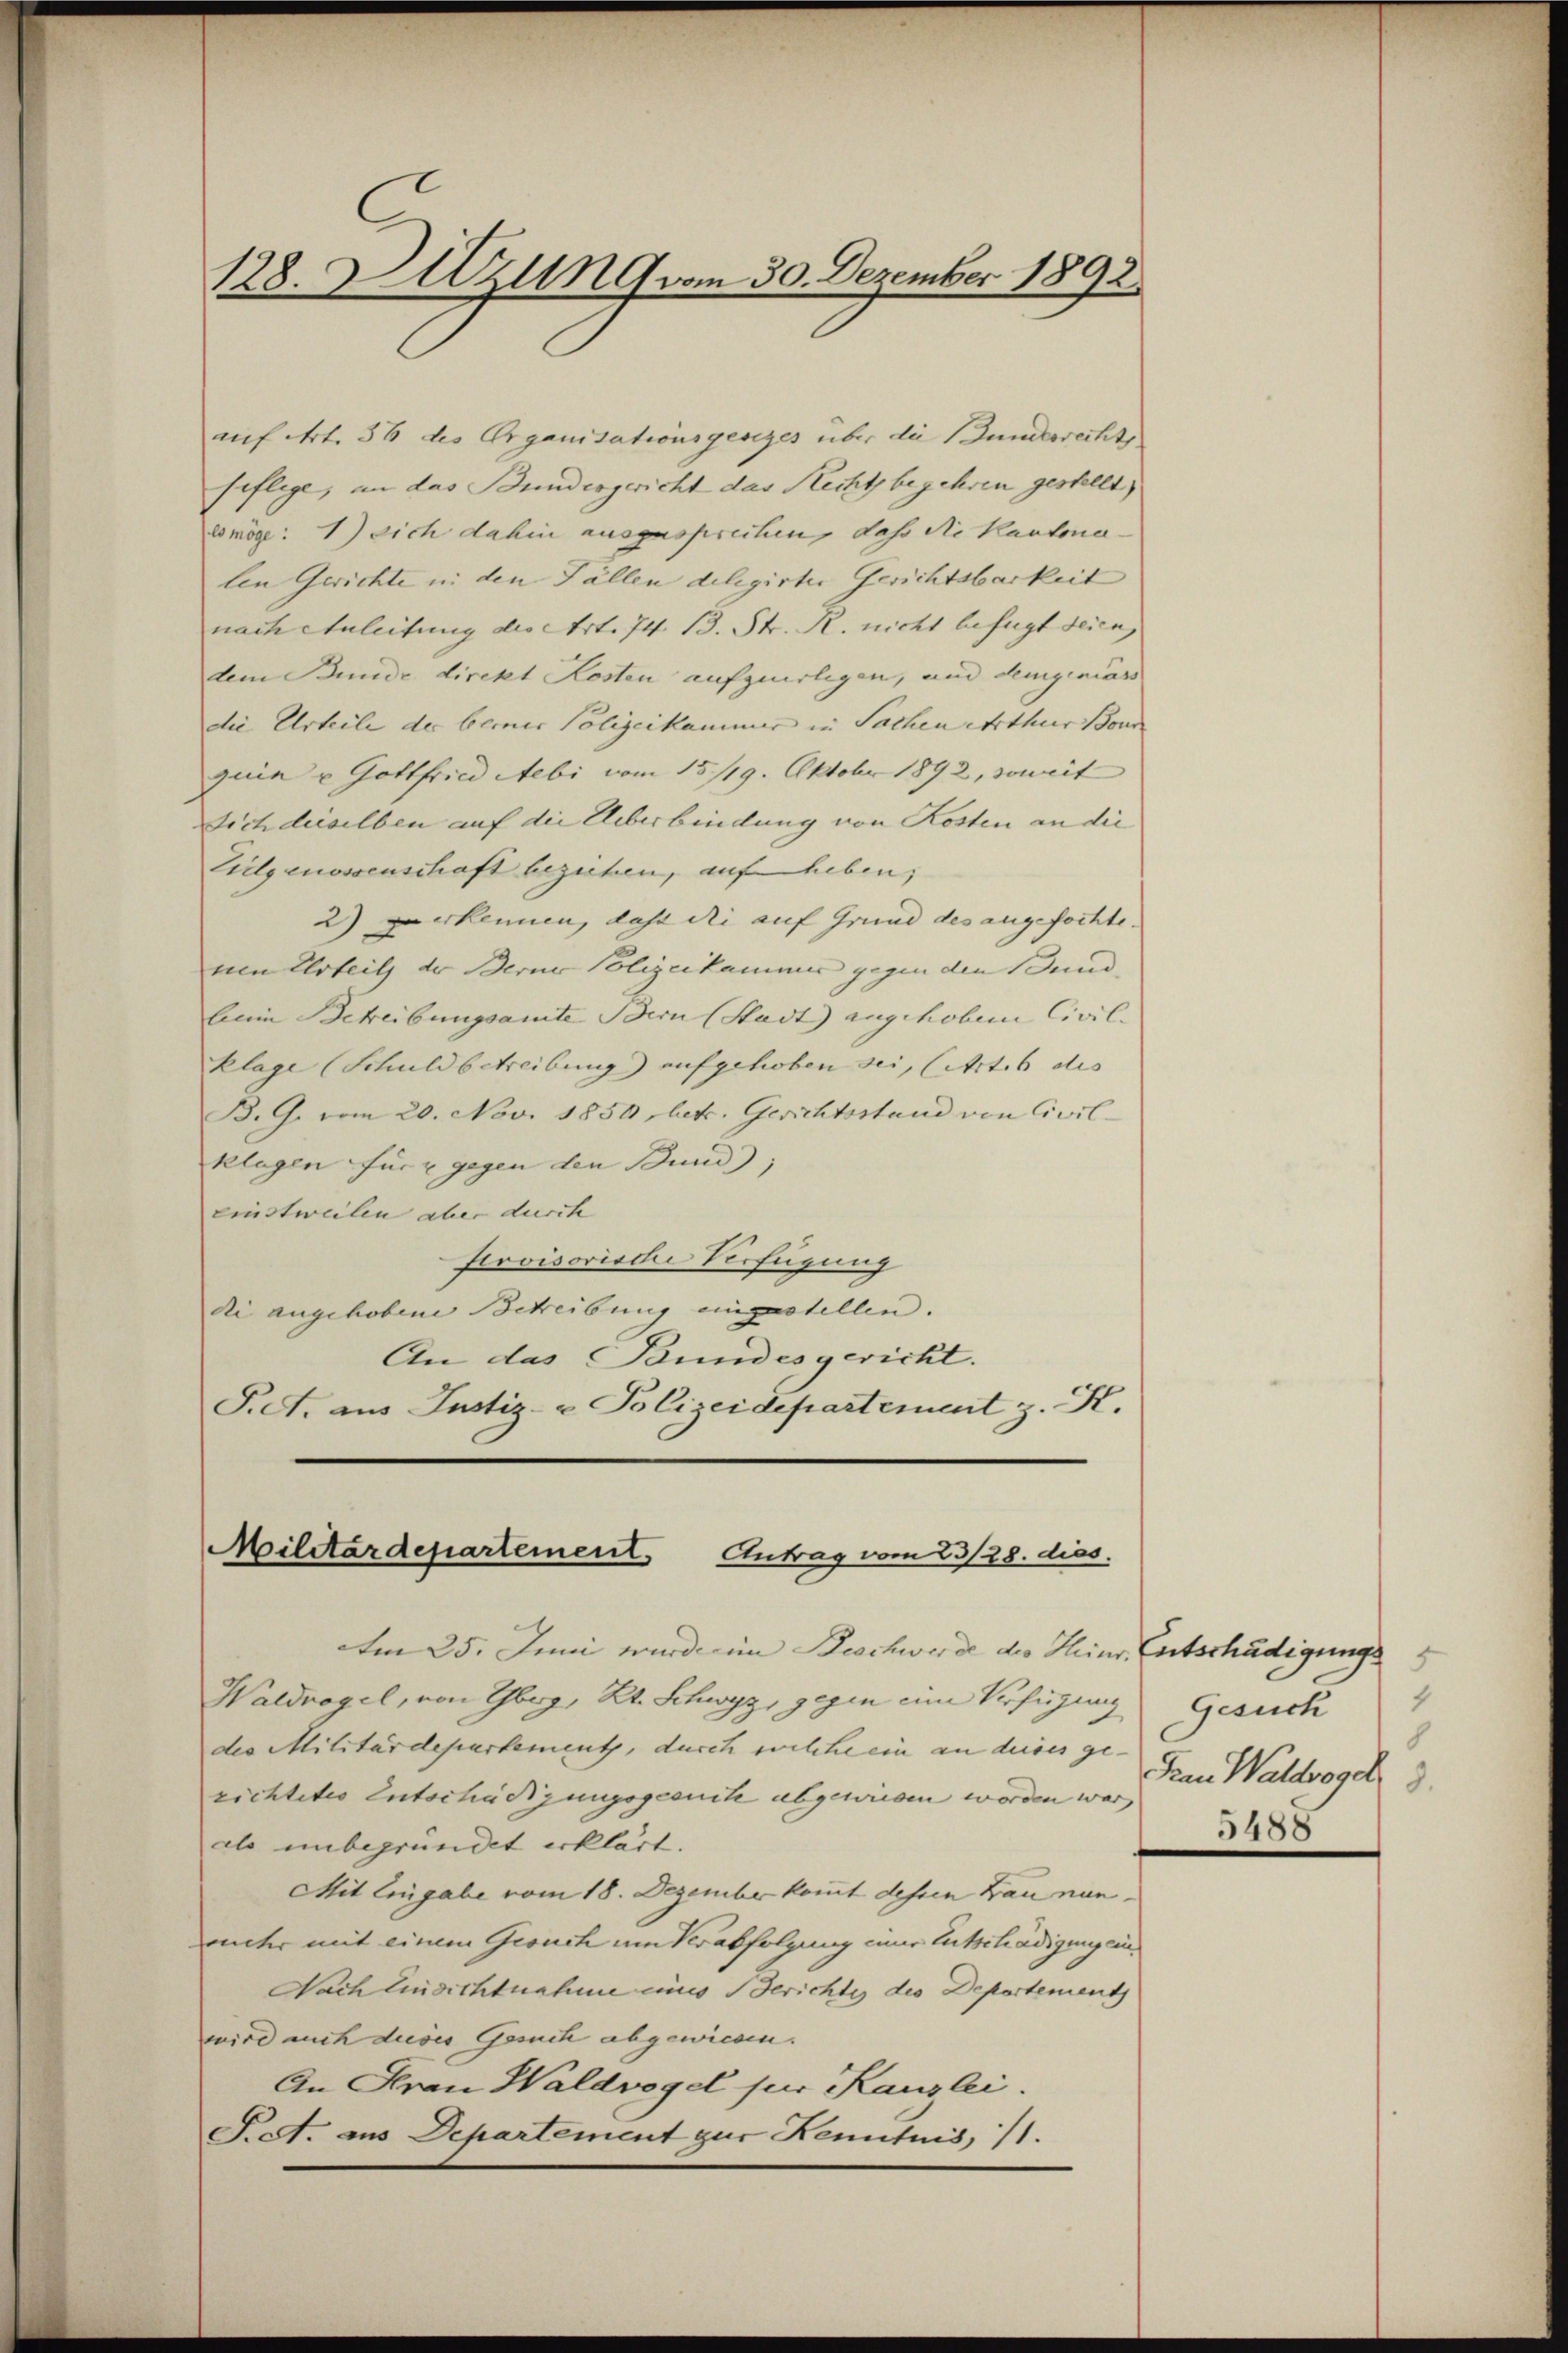
128. Uzung vom 30. Dezember 1892.

auf Art. 36 des Organisationsgesezes über die Gundesrecht
seflege, in das Bundergericht das Recht begehren gestellt,
es möge: 1) sich dahin ausgesprechen, dass die Kantoner-
len Gerichte in den Fällen delegirter Gerichtsbarkeit
nach Anleitung des Art. 74. 13. Str. R. nicht befugt seien, |
dem Bunde direkt Kosten aufgerligen, und demgemäss
die Urteile der berner Polizeikammer in Sachen Arthur Bonn
quin u Gottfried Aebi vom 15./19. Oktober 1892, soweit
Dich derselben auf die Überbindung von Kosten an die
Lielgenossenschaft beziehen, auf heben,
2) zu erkennen, dass die auf Grund des angefochte.
nen Urteil der Berner Polizeikammer gegen den Bund, |
beim Betreibungsamte Bern (Stadt angehobene Civil- |
Klage (Schuldbetreibung) aufgehoben sei, (Art. b des
B. G. vom 20. Nov. 1850 betr. Gerichtsstand von Civilklagen für 2 gegen den Bund,
einstweilen aber durch
Provisoris die Verfügung
di angehobene Schreibung einzustellen. |
An das Bundesgericht.
P.S. aus Justiz- & Polizeidepartement z. K.

Militärdepartement Antrag vom 23/28. dies

Am 25. Juni wurde im Beschwerde des Heinr. Entschädigungs
Waldvogel, von Thbrg, Kt. Schwyz, gegen eine Verfügung
des Militärdepartement, durch welche ein an dieses ge-
richtetes Entschädigungsgesuite abgewiesen worden war,
als unbegründet erklärt.
Mit Eingabe vom 18. Dezember kommt dessen Bau nununter mit einem Gesuch um Verabfolgung einer Entschädigung ein¬
Nach Einsichtnahme eines Berichte des Departement
wird auch dieses Gesuch abgewiesen.
An Frau Waldregel für Kanzlei.
Pret. aus Departement zur Kenntnis, 11.

Gesuch
Frau Waldvogel 2.
5488